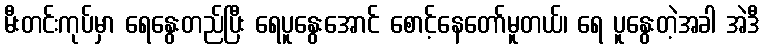
မီးတင်းကုပ်မှာ ရေနွေးတည်ပြီး ရေပူနွေးအောင် စောင့်နေတော်မူတယ်၊ ရေ ပူနွေးတဲ့အခါ အဲဒီ